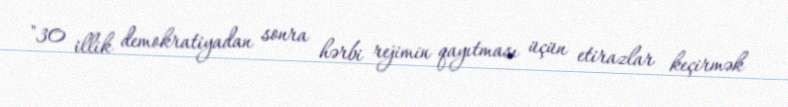
"30 illik demokratiyadan sonra hərbi rejimin qayıtması üçün etirazlar keçirmək